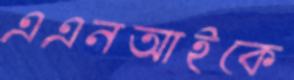
এএনআইকে